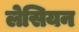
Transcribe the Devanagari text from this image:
लेसियन